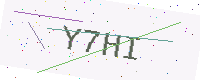
Text: Y7HI